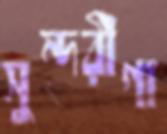
সুন্দরীগা